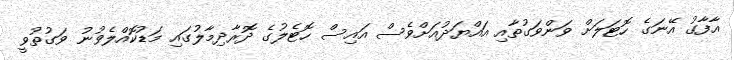
އާފާގު އޭނަގެ ހޮޓަލަށް ވަންވަގުތާއި އައްޔަދުއަށްވެސް އައިސް ހޮޓެލުގެ ދޮރާދިމާލުގައި މަޑުކޮއްލެވުނު ވަގުތުވީ